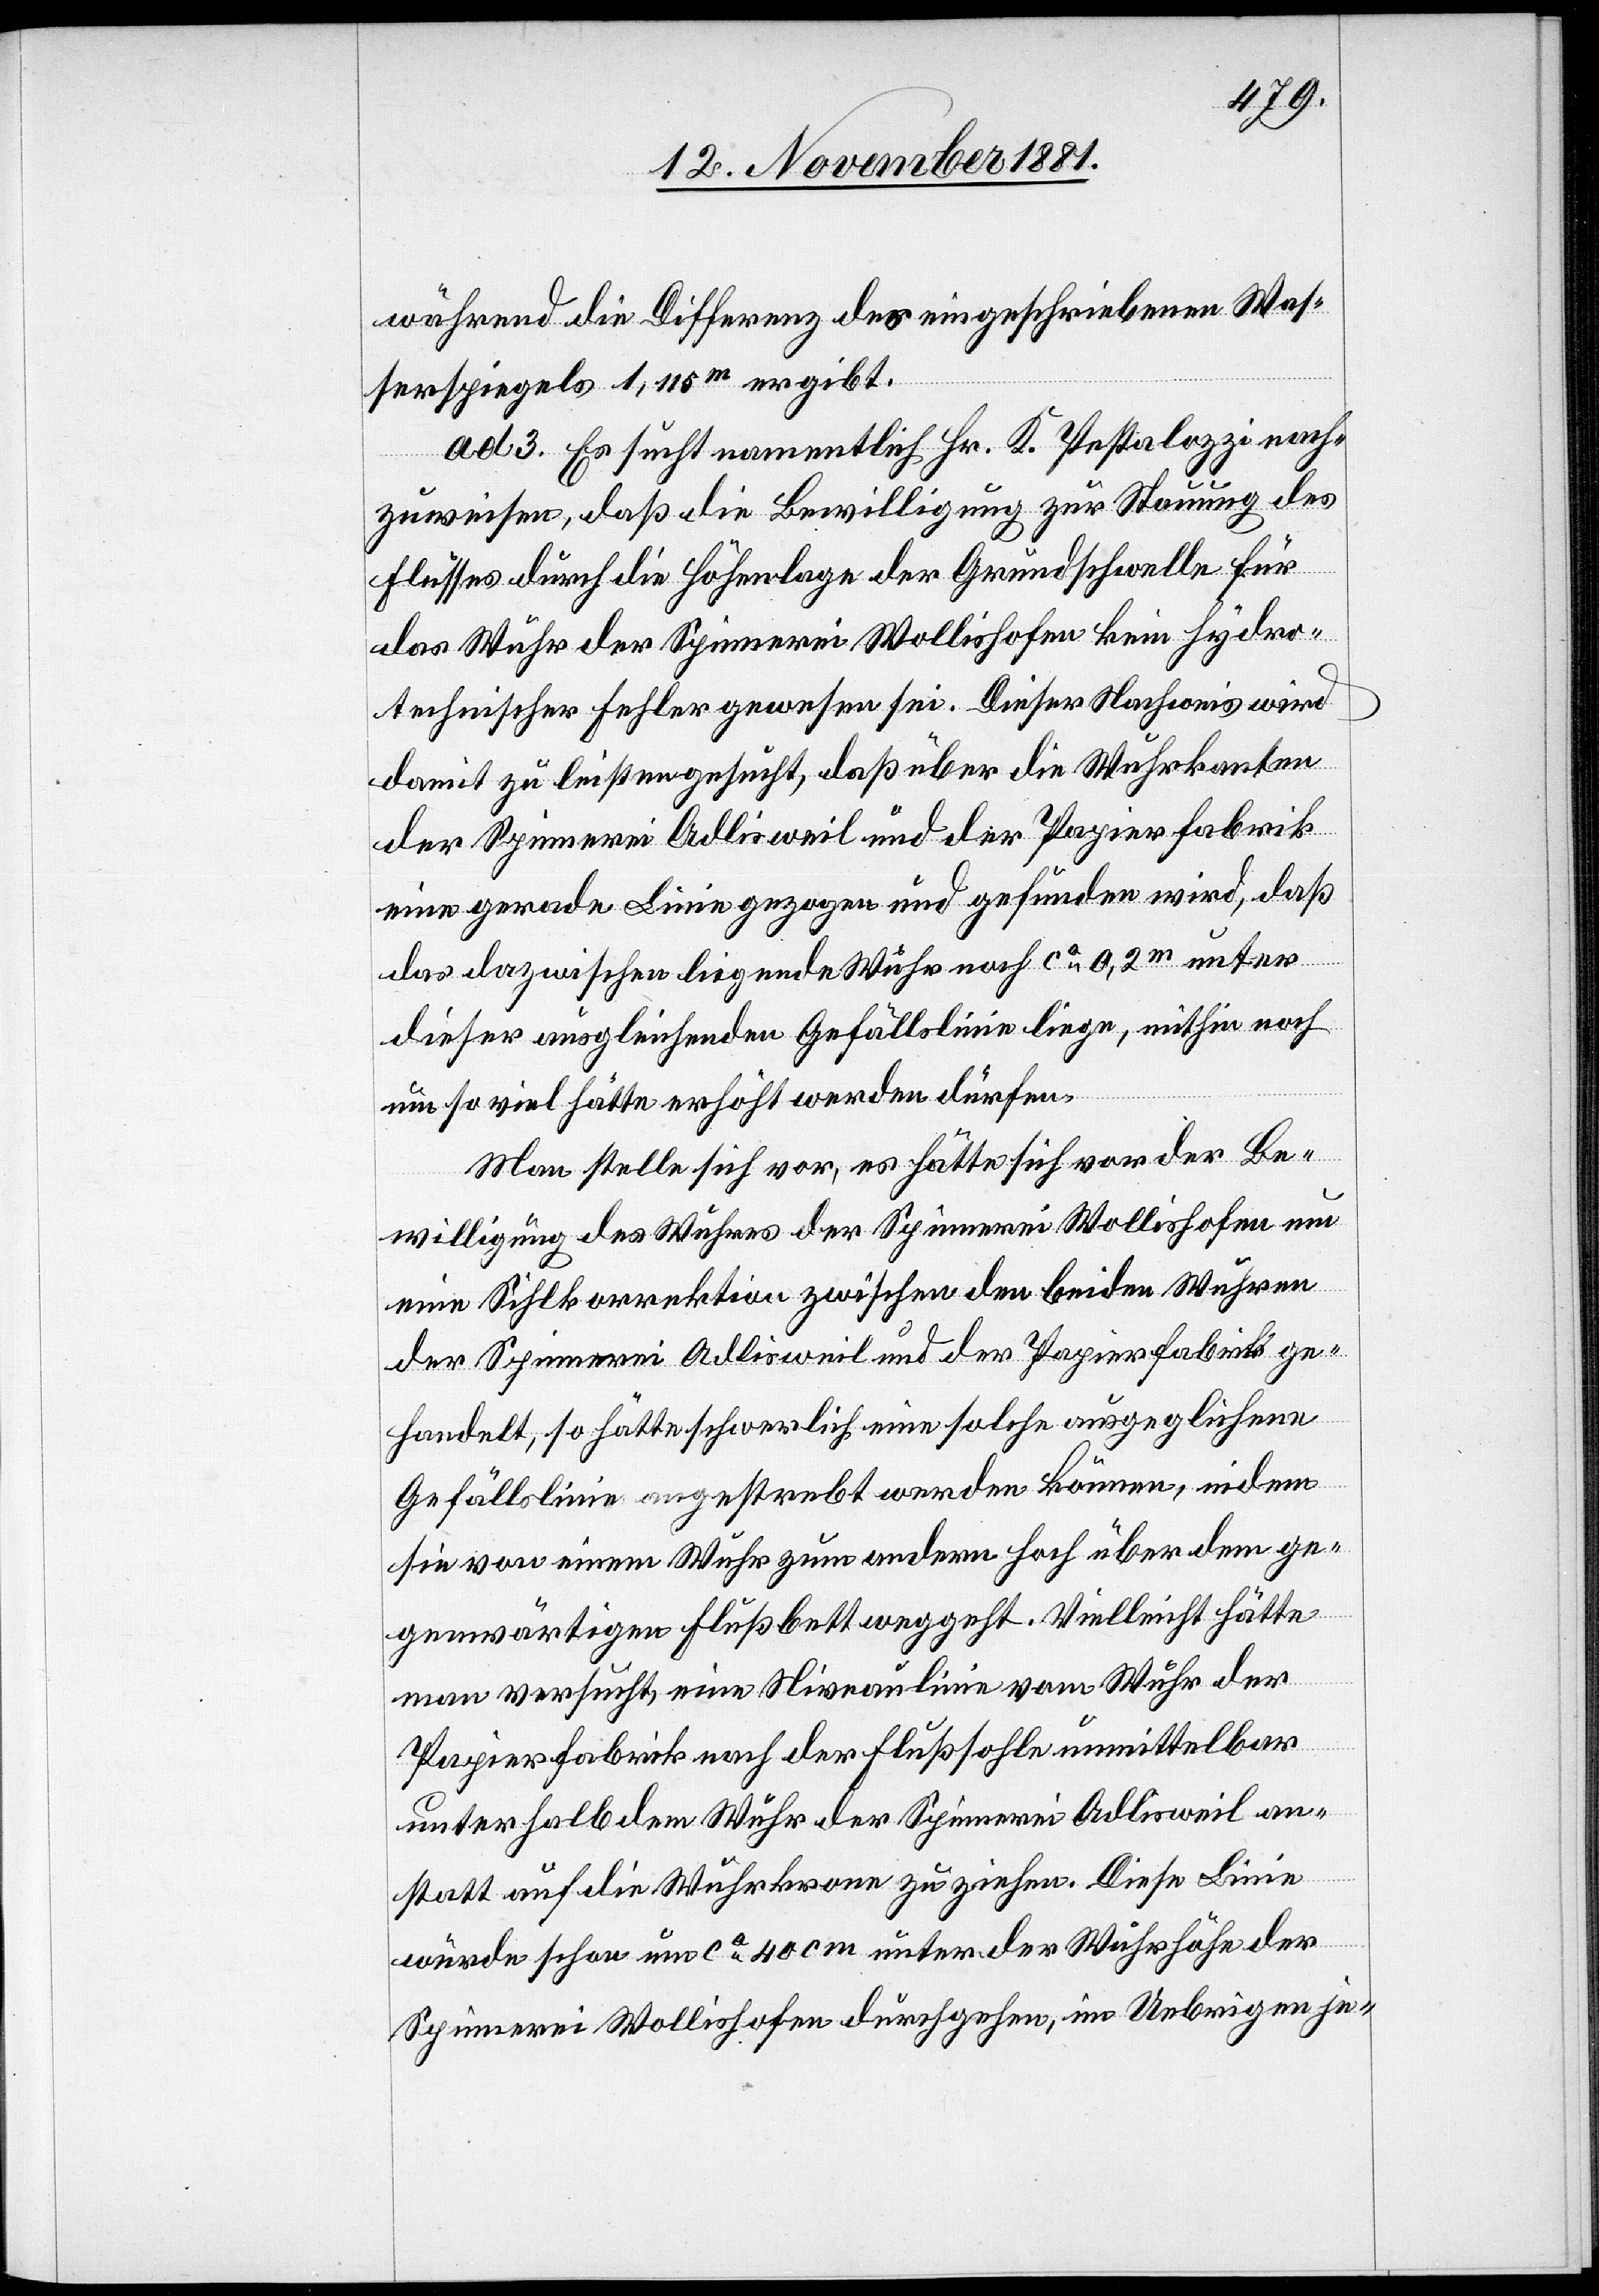
während die Differenz des eingeschriebenen Was¬
serspiegels 1,115m ergibt.
ad 3. Es sucht namentlich Hr. K. Pestalozzi nach¬
zuweisen, daß die Bewilligung zur Stauung des
Flusses durch die Höhenlage der Grundschwelle für
das Wuhr der Spinnerei Wollishofen kein hydro¬
technischer Fehler gewesen sei. Dieser Nachweis wird
damit zu leisten gesucht, daß über die Wuhrkanten
der Spinnerei Adlisweil und der Papierfabrik
eine gerade Linie gezogen und gefunden wird, daß
das dazwischen liegende Wuhr nach ca 0,2m unter
dieser ausgleichenden Gefällslinie liege, mithin noch
um so viel hätte erhöht werden dürfen.
Man stelle sich vor, es hätte sich vor der Be¬
willigung des Wuhres der Spinnerei Wollishofen um
eine Sihlkorrektion zwischen den beiden Wuhren
der Spinnerei Adlisweil und der Papierfabrik ge¬
handelt, so hätte schwerlich eine solche ausgeglichene
Gefällslinie angestrebt werden können, indem
sie von einem Wuhr zum andern hoch über dem ge¬
genwärtigen Flußbett weggeht. Vielleicht hätte
man versucht, eine Niveaulinie vom Wuhr der
Papierfabrik nach der Flußsohle unmittelbar
unterhalb dem Wuhr der Spinnerei Adlisweil an¬
statt auf die Wuhrkronen zu ziehen. Diese Linie
würde schon um ca 40cm unter der Wuhrhöhe der
Spinnerei Wollishofen durchgehen, im Uebrigen je-